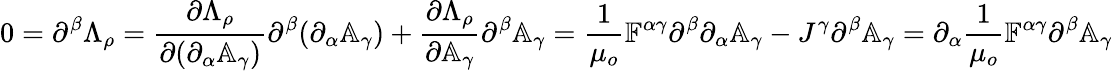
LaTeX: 0=\partial^{\beta}\Lambda_{\rho}=\frac{\partial\Lambda_{\rho}}{\partial(\partial_{\alpha}\mathbb{A}_{\gamma})}\partial^{\beta}(\partial_{\alpha}\mathbb{A}_{\gamma})+\frac{\partial\Lambda_{\rho}}{\partial\mathbb{A}_{\gamma}}\partial^{\beta}\mathbb{A}_{\gamma}=\frac{1}{\mu_{o}}\mathbb{F}^{\alpha\gamma}\partial^{\beta}\partial_{\alpha}\mathbb{A}_{\gamma}-J^{\gamma}\partial^{\beta}\mathbb{A}_{\gamma}=\partial_{\alpha}\frac{1}{\mu_{o}}\mathbb{F}^{\alpha\gamma}\partial^{\beta}\mathbb{A}_{\gamma}